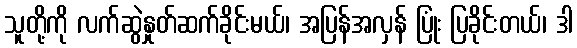
သူတို့ကို လက်ဆွဲနှုတ်ဆက်ခိုင်းမယ်၊ အပြန်အလှန် ပြုံး ပြခိုင်းတယ်၊ ဒါ